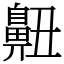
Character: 䶊